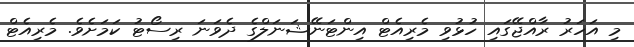
މި އަހަރު ރާއްޖޭގައި ހުޅުވި މެރިއެޓް އިންޓަނޭޝަނަލްގެ ދެވަނަ ރިސޯޓު ކަމަށެވެ. މެރިއެޓް